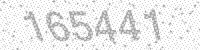
Solution: 165441